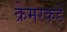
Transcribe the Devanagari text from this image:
क्रेमरकडे